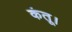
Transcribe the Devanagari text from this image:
कंतू।